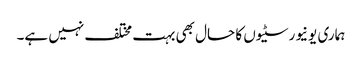
ہماری یونیورسٹیوں کا حال بھی بہت مختلف نہیں ہے۔